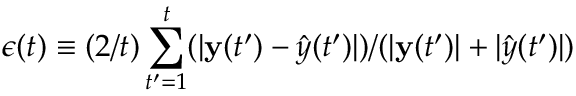
\epsilon ( t ) \equiv ( 2 / t ) \sum _ { t ^ { \prime } = 1 } ^ { t } ( | \ensuremath { \mathbf { y } } ( t ^ { \prime } ) - \hat { \v { y } } ( t ^ { \prime } ) | ) / ( | \ensuremath { \mathbf { y } } ( t ^ { \prime } ) | + | \hat { \v { y } } ( t ^ { \prime } ) | )